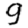
Digit: 9